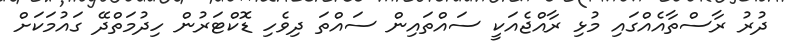
ދުރު ރާސްތާއެއްގައި މުޅި ރާއްޖެއަކީ ސައްތައިން ސައްތަ ދިވެހި ޑޮކްޓަރުން ހިދުމަތްދޭ ގައުމަކަށް